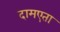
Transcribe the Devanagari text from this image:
दामएता